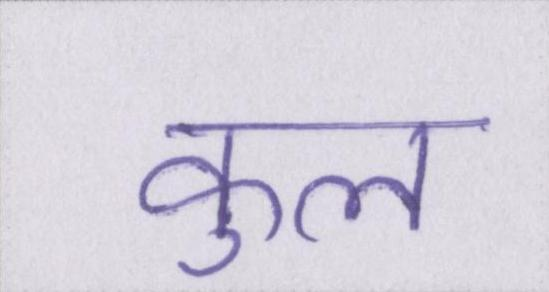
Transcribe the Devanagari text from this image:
कुल